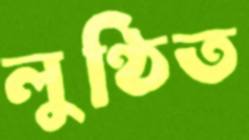
লুণ্ঠিত